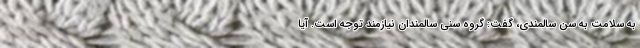
به سلامت به سن سالمندی، گفت: گروه سنی سالمندان نیازمند توجه است. آیا